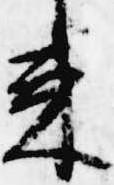
来